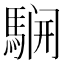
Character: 𲉈